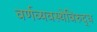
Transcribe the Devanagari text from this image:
वर्णव्यवस्थेविरुद्ध